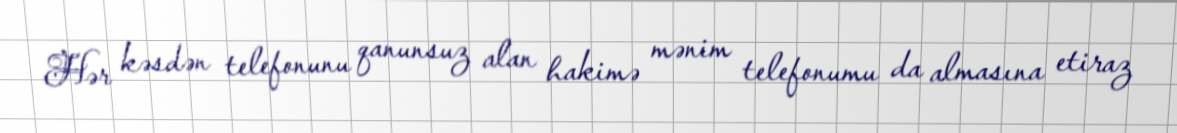
Hər kəsdən telefonunu qanunsuz alan hakimə mənim telefonumu da almasına etiraz